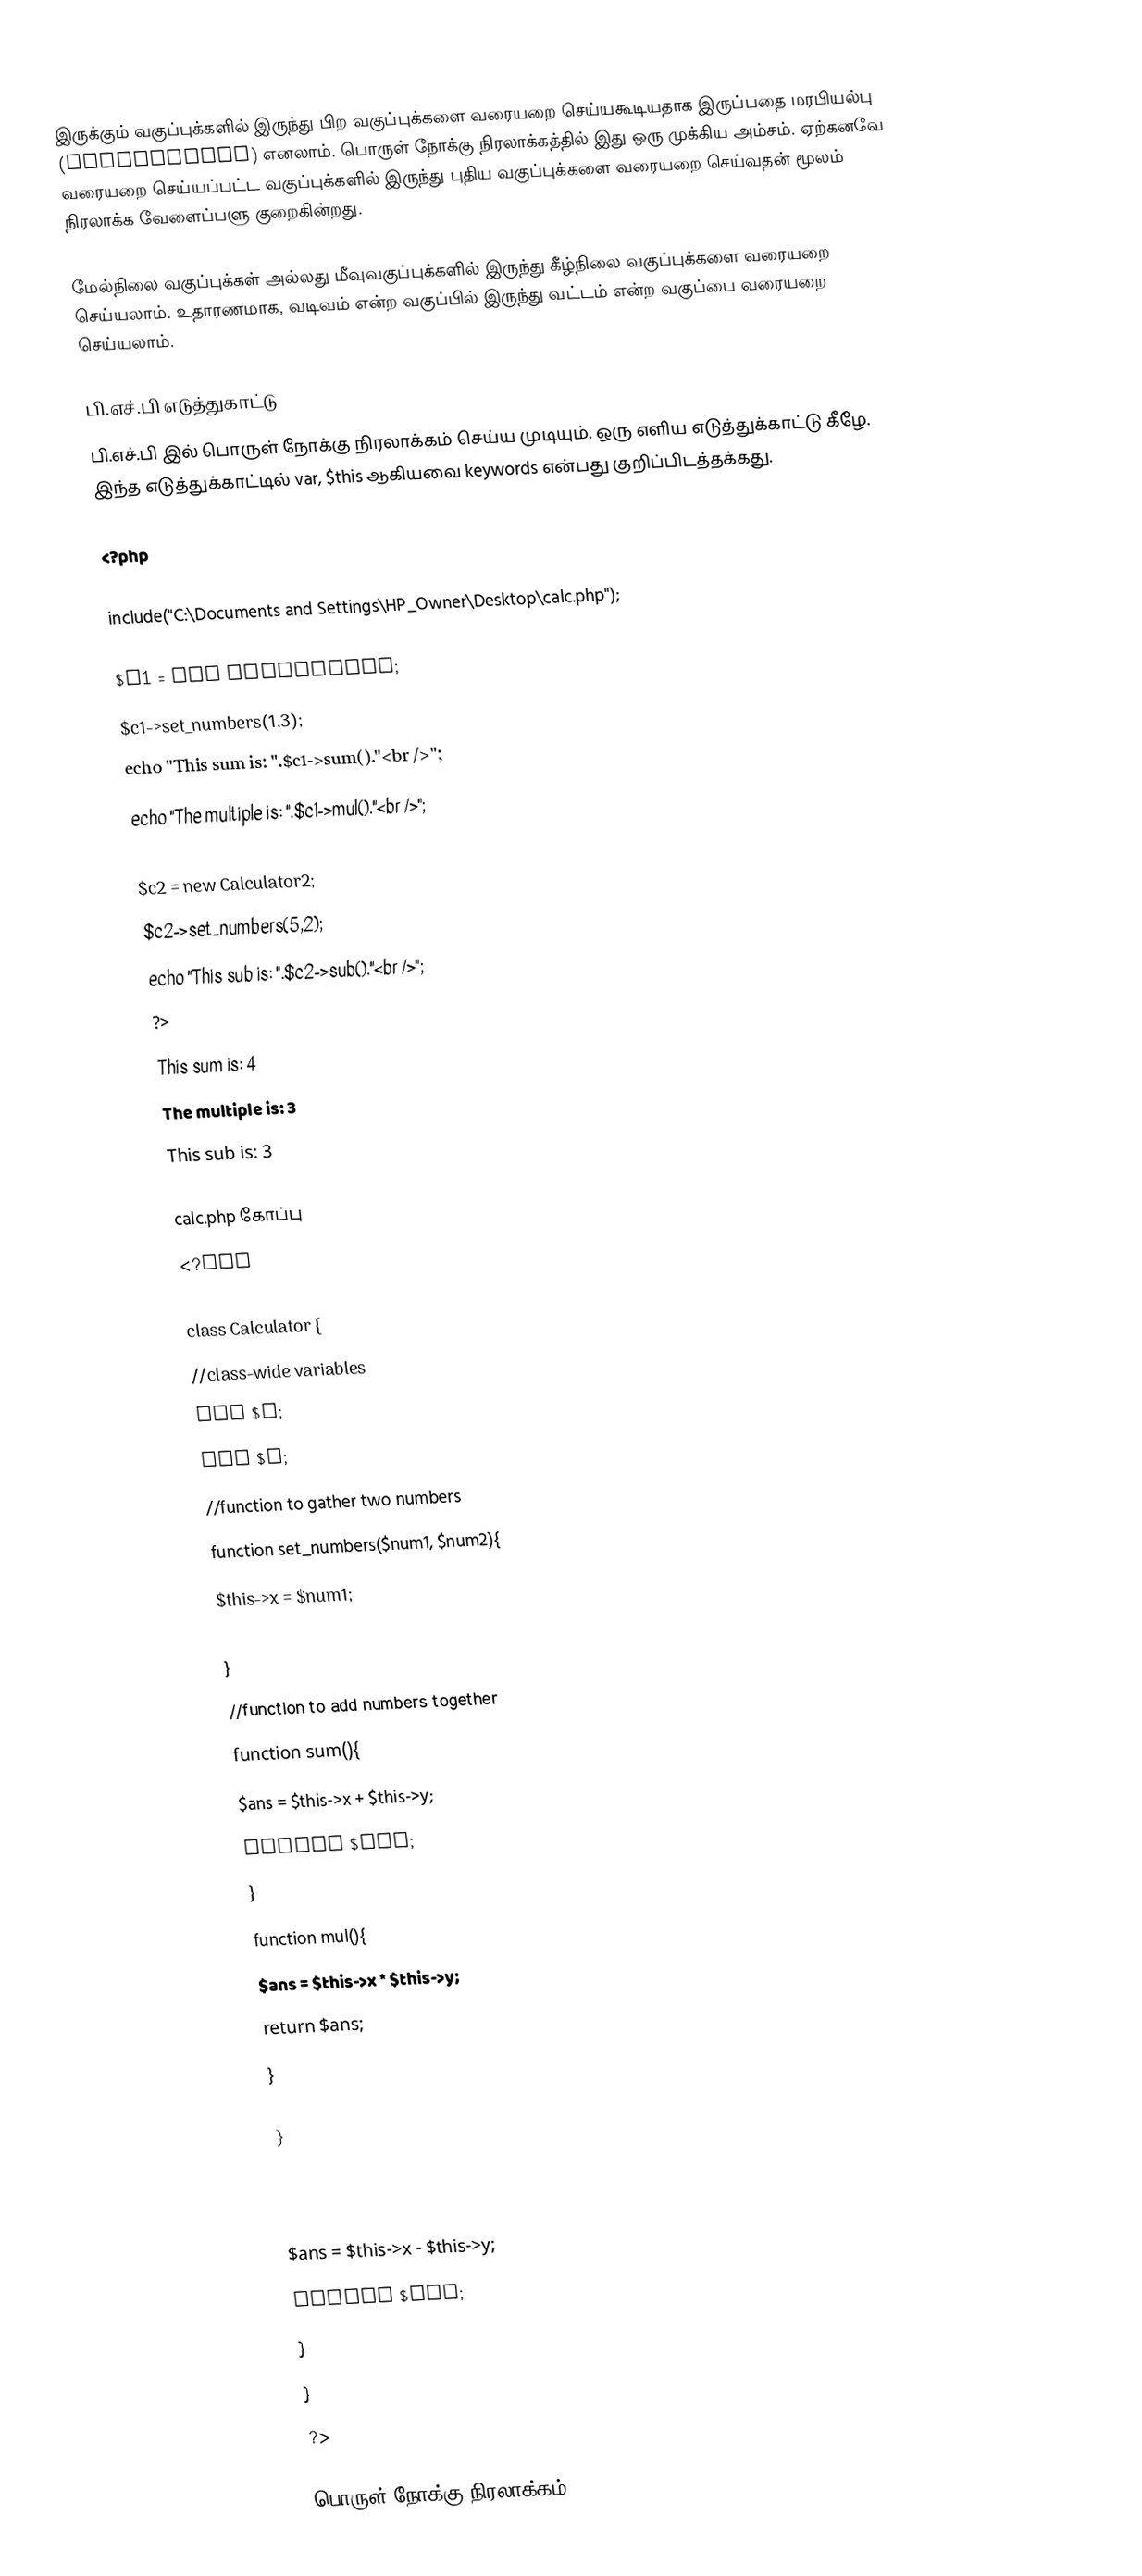
இருக்கும் வகுப்புக்களில் இருந்து பிற வகுப்புக்களை வரையறை செய்யகூடியதாக இருப்பதை மரபியல்பு (Inheritance) எனலாம். பொருள் நோக்கு நிரலாக்கத்தில் இது ஒரு முக்கிய அம்சம். ஏற்கனவே வரையறை செய்யப்பட்ட வகுப்புக்களில் இருந்து புதிய வகுப்புக்களை வரையறை செய்வதன் மூலம் நிரலாக்க வேளைப்பளு குறைகின்றது.

மேல்நிலை வகுப்புக்கள் அல்லது மீவுவகுப்புக்களில் இருந்து கீழ்நிலை வகுப்புக்களை வரையறை செய்யலாம். உதாரணமாக, வடிவம் என்ற வகுப்பில் இருந்து வட்டம் என்ற வகுப்பை வரையறை செய்யலாம்.

பி.எச்.பி எடுத்துகாட்டு
பி.எச்.பி இல் பொருள் நோக்கு நிரலாக்கம் செய்ய முடியும். ஒரு எளிய எடுத்துக்காட்டு கீழே. இந்த எடுத்துக்காட்டில் var, $this ஆகியவை keywords என்பது குறிப்பிடத்தக்கது.

<?php

include("C:\Documents and Settings\HP_Owner\Desktop\calc.php");

$c1 = new Calculator;
$c1->set_numbers(1,3);
echo "This sum is: ".$c1->sum()."<br />";
echo "The multiple is: ".$c1->mul()."<br />";

$c2 = new Calculator2;
$c2->set_numbers(5,2);
echo "This sub is: ".$c2->sub()."<br />";
?>
This sum is: 4
The multiple is: 3
This sub is: 3

 calc.php கோப்பு
<?php

class Calculator {
    //class-wide variables
    var $x;
    var $y;
    //function to gather two numbers
    function set_numbers($num1, $num2){
        $this->x = $num1;
        $this->y = $num2;
    	}
    //function to add numbers together
    function sum(){
    	$ans = $this->x + $this->y;
        return $ans;
    	}
    function mul(){
    	$ans = $this->x * $this->y;
        return $ans;
    	}

    }

class Calculator2 extends Calculator {
           function sub(){
    		$ans = $this->x - $this->y;
        	return $ans;
    		}
        }
?>

பொருள் நோக்கு நிரலாக்கம்